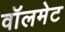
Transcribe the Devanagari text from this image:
वॉलमेट